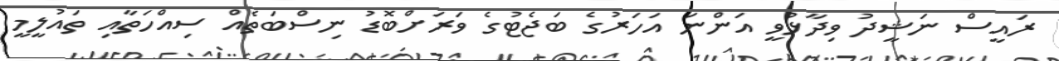
ރައީސް ނަޝީދު ވިދާޅުވީ އަންނަ އަހަރުގެ ބަޖެޓުގެ ވަރަށްބޮޑު ނިސްބަތެއް ސިއްހަތާއި ތައުލީމީ